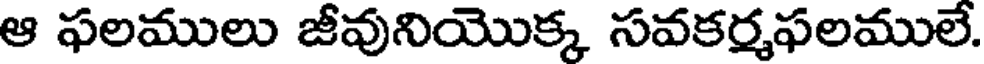
ఆ ఫలములు జీవునియొక్క సవకర్మఫలములే.